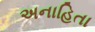
અનાહિતા